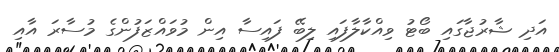
އަދި ޝާރުޖާގައި ބޯޓު ވިއްކާލާފައި ލިބޭ ފައިސާ އިން މުވައްޒަފުންގެ މުސާރަ އާއި